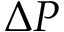
\Delta P